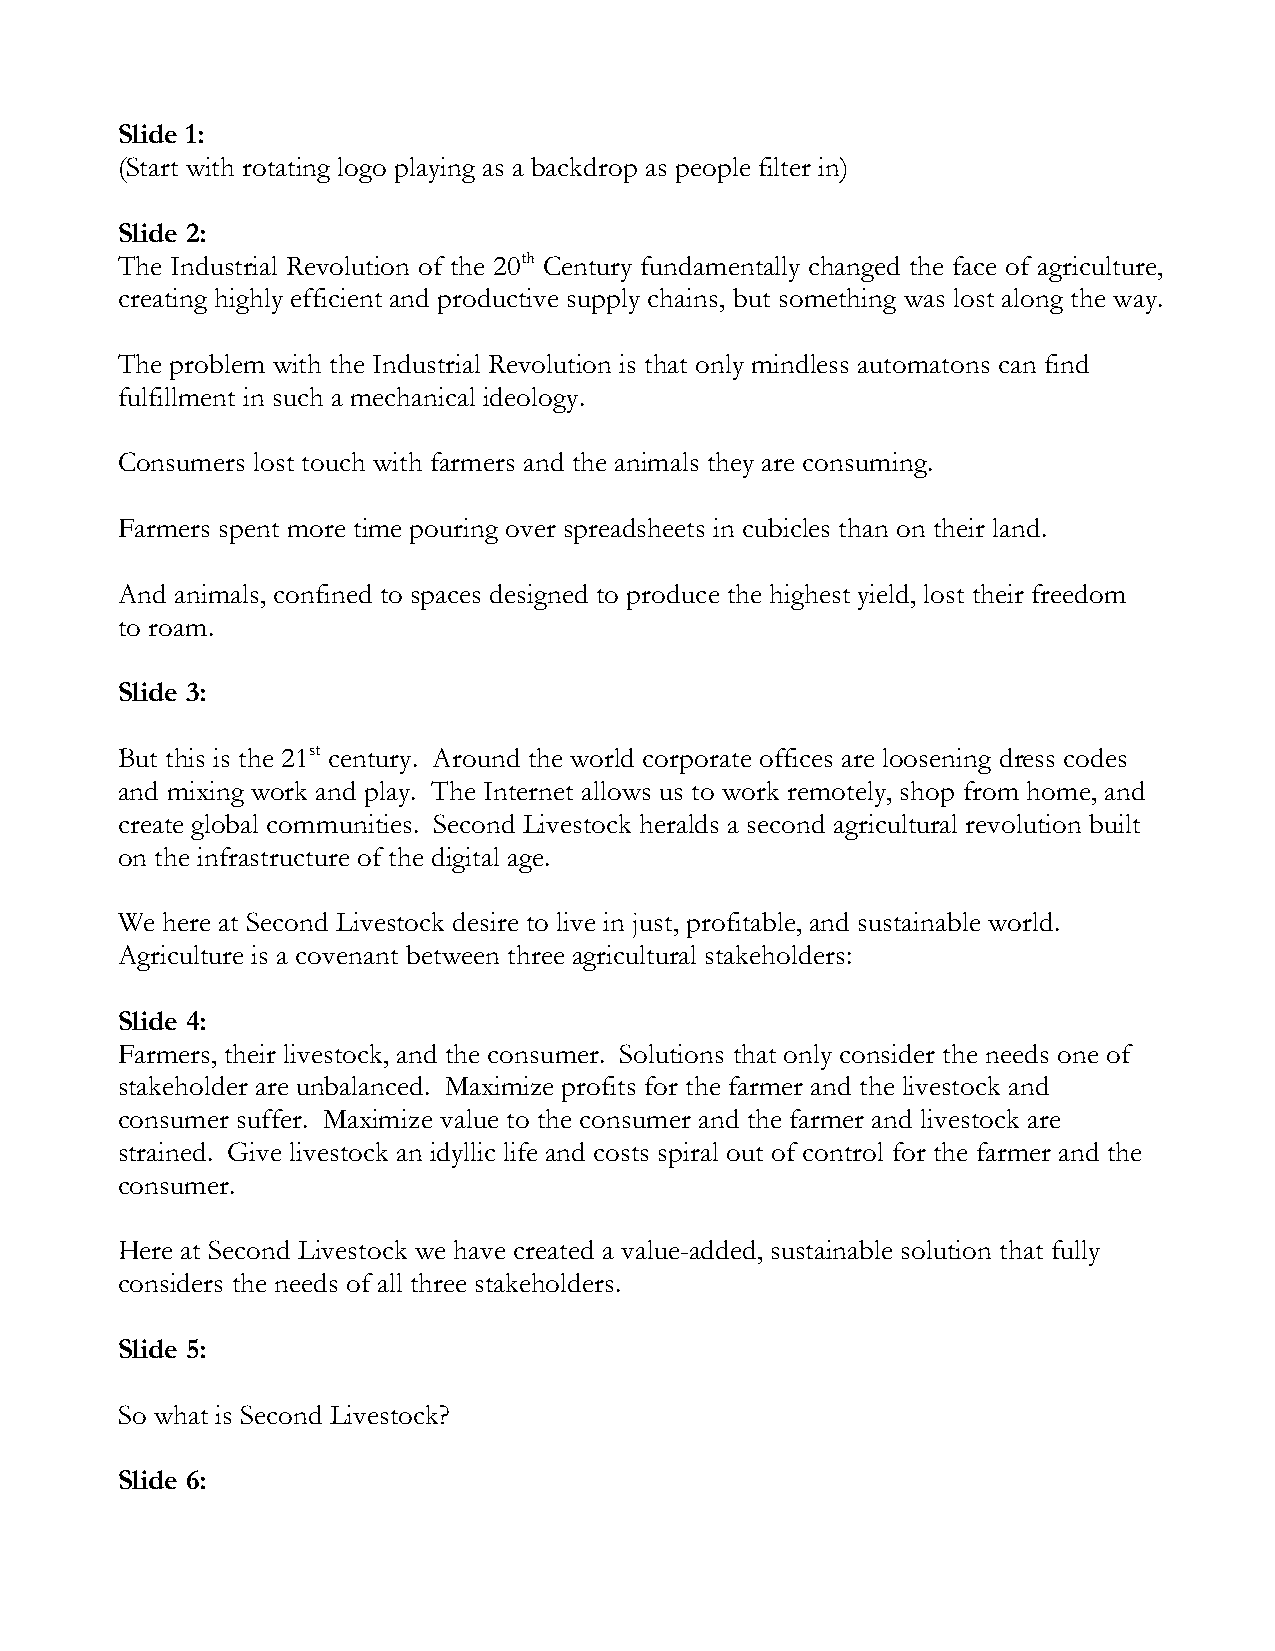
Slide 1:
 (Start with rotating logo playing as a backdrop as people filter in)
 Slide 2:
 The Industrial Revolution of the 20th Century fundamentally changed the face of agriculture,
 creating highly efficient and productive supply chains, but something was lost along the way.
 The problem with the Industrial Revolution is that only mindless automatons can find
 fulfillment in such a mechanical ideology.
 Consumers lost touch with farmers and the animals they are consuming.
 Farmers spent more time pouring over spreadsheets in cubicles than on their land.
 And animals, confined to spaces designed to produce the highest yield, lost their freedom
 to roam.
 Slide 3:
 But this is the 21st century. Around the world corporate offices are loosening dress codes
 and mixing work and play. The Internet allows us to work remotely, shop from home, and
 create global communities. Second Livestock heralds a second agricultural revolution built
 on the infrastructure of the digital age.
 We here at Second Livestock desire to live in just, profitable, and sustainable world.
 Agriculture is a covenant between three agricultural stakeholders:
 Slide 4:
 Farmers, their livestock, and the consumer. Solutions that only consider the needs one of
 stakeholder are unbalanced. Maximize profits for the farmer and the livestock and
 consumer suffer. Maximize value to the consumer and the farmer and livestock are
 strained. Give livestock an idyllic life and costs spiral out of control for the farmer and the
 consumer.
 Here at Second Livestock we have created a value-added, sustainable solution that fully
 considers the needs of all three stakeholders.
 Slide 5:
 So what is Second Livestock?
 Slide 6: